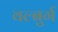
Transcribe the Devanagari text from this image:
वल्बुर्ग